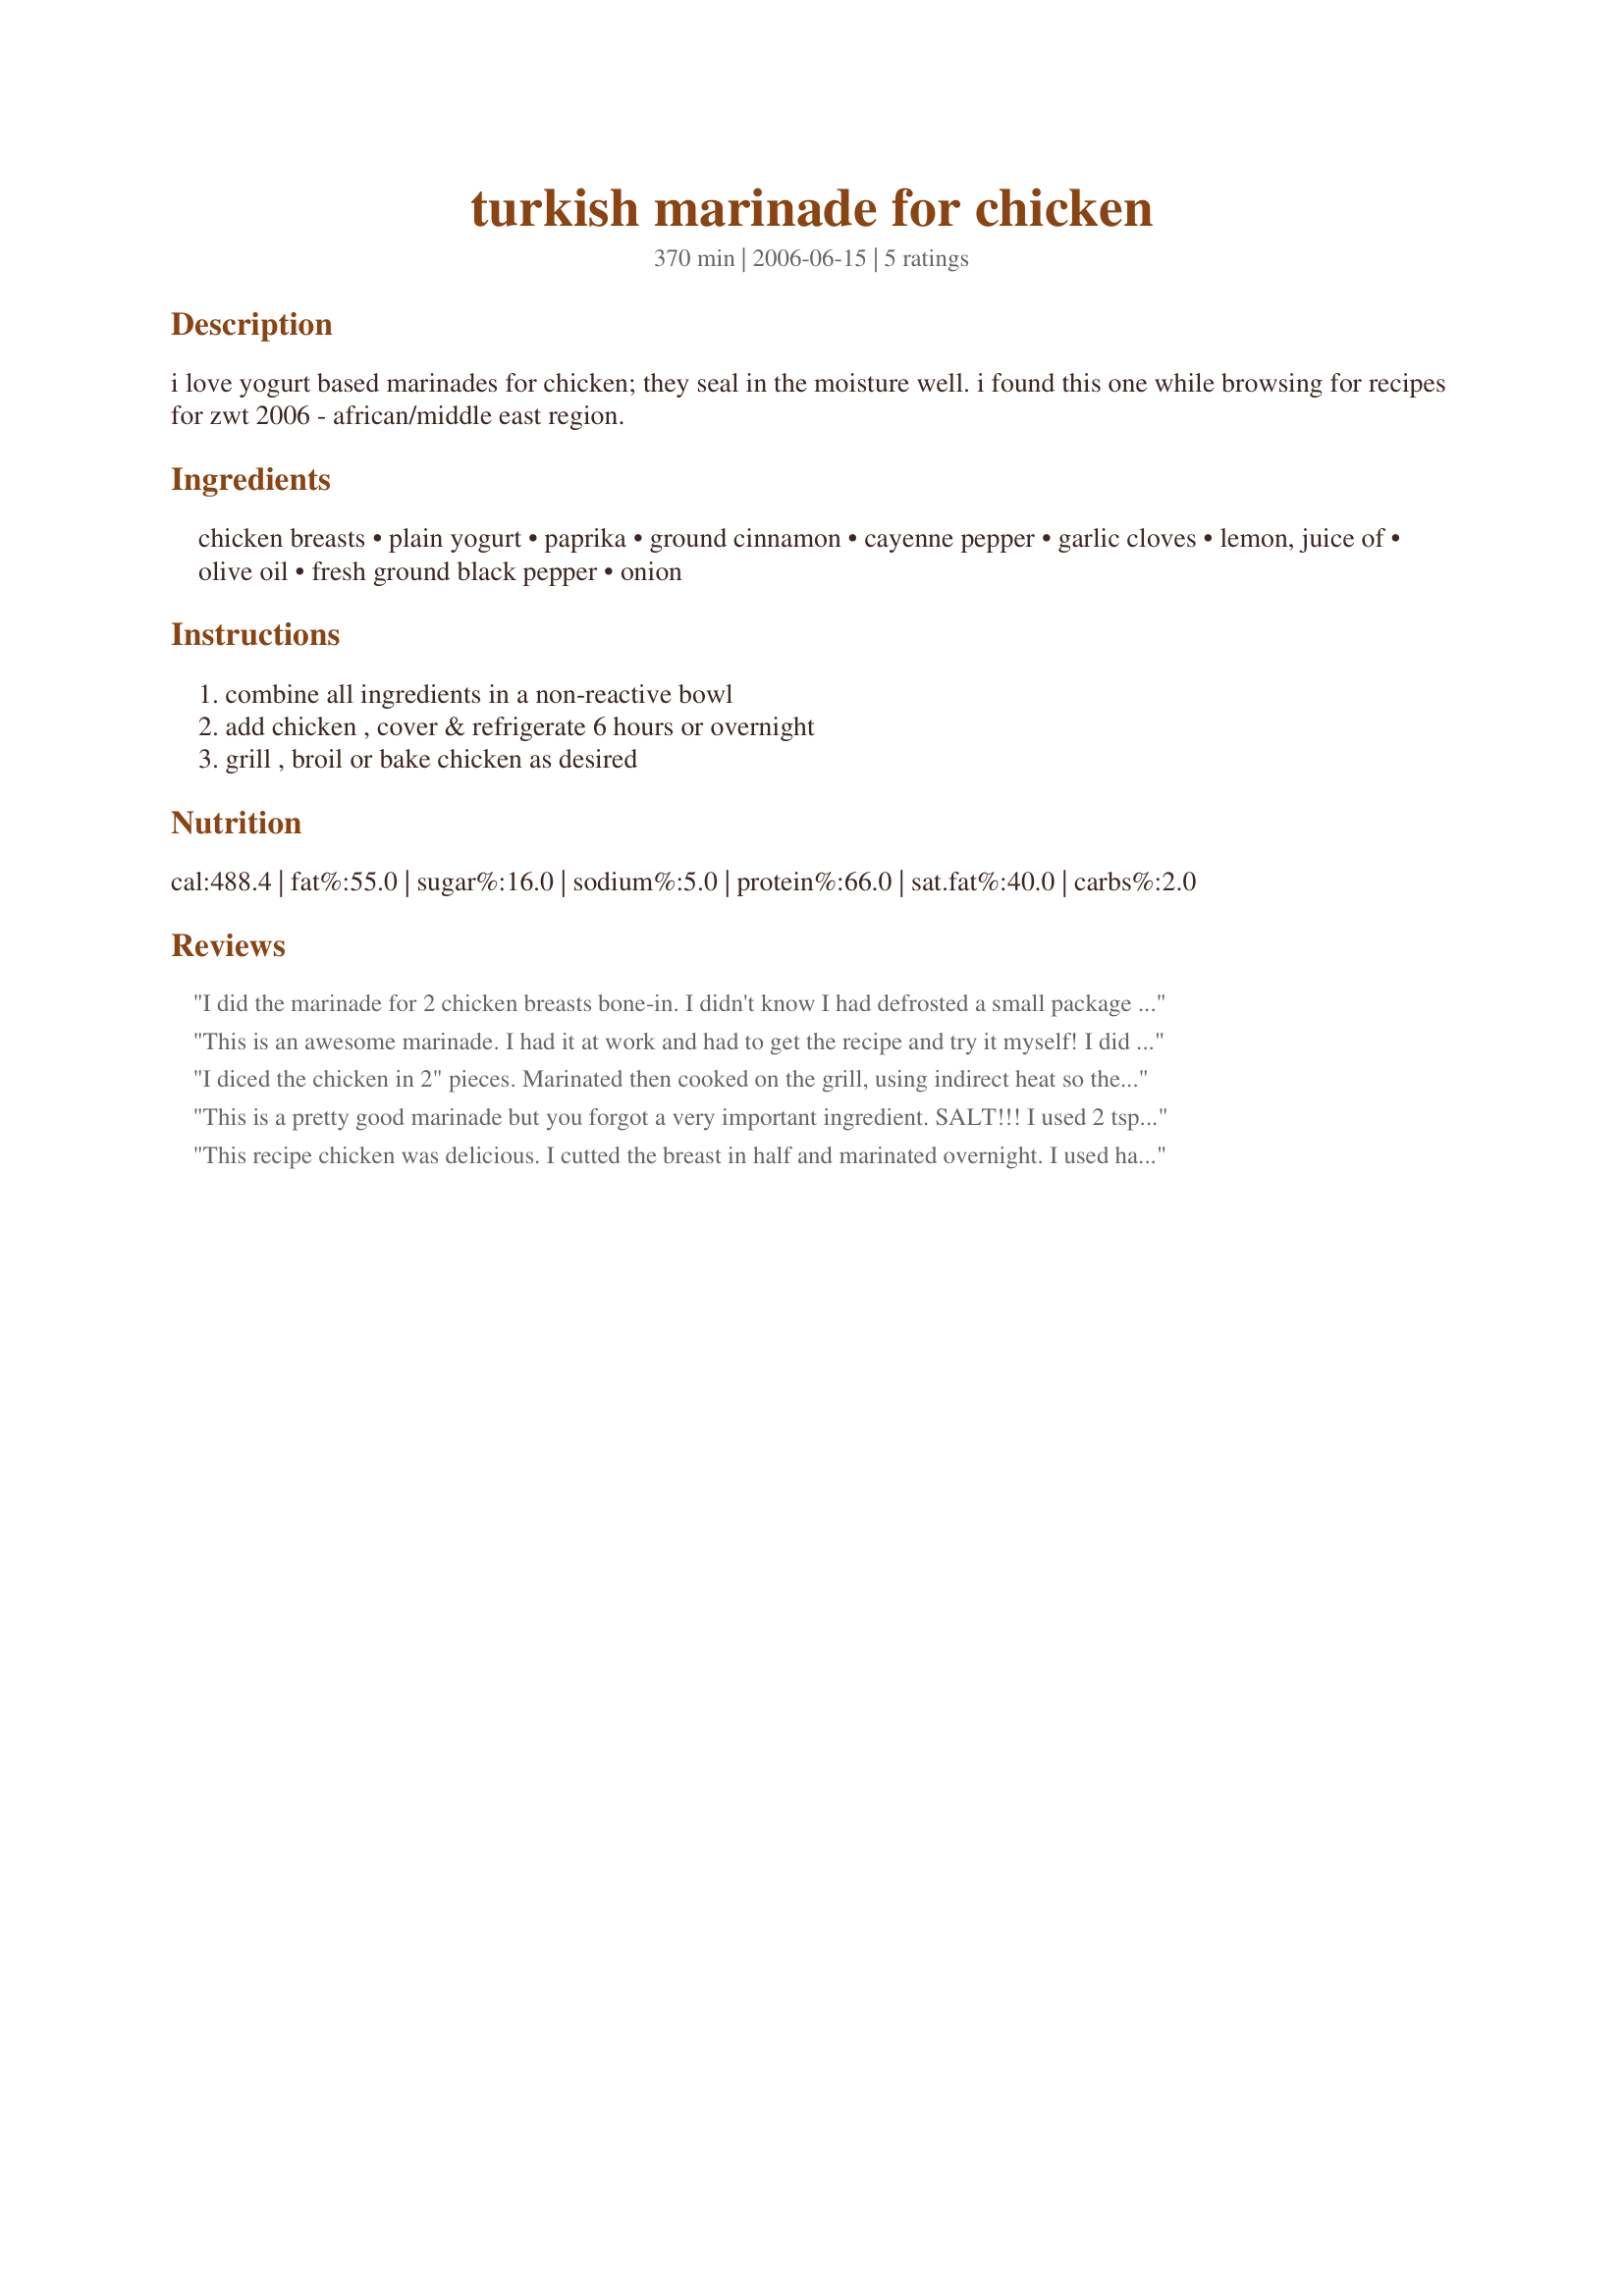
turkish marinade for chicken
Preparation time: 370 minutes

i love yogurt based marinades for chicken; they seal in the moisture well. i found this one while browsing for recipes for zwt 2006 - african/middle east region.

Ingredients:
chicken breasts, plain yogurt, paprika, ground cinnamon, cayenne pepper, garlic cloves, lemon, juice of, olive oil, fresh ground black pepper, onion

Steps:
combine all ingredients in a non-reactive bowl, add chicken , cover & refrigerate 6 hours or overnight, grill , broil or bake chicken as desired

Reviews:
I did the marinade for 2 chicken breasts bone-in. I didn't know I had defrosted a small package with only 2 breasts LOL I used cinnamon and omitted the onion. It gave a nice taste to the chicken. But I bet it would be even tastier if the chicken would be diced. Thanks Susie. Made for Newest Zaar tag.
This is an awesome marinade. I had it at work and had to get the recipe and try it myself! I did cut the chicken into pieces and broil them on skewers on the second rack. At first I left them under the heat for 5 minutes then I continued to flip them until they were perfectly cooked. I used the cumin but might reduce the amount next time- personal preference. Thanks, Susie.
I diced the chicken in 2" pieces. Marinated then cooked on the grill, using indirect heat so they could be done slowly to keep the chicken tender. I used cinnamon and cumin and used 1/2 tsp. of each. They came out delicious and just the way I hoped they would taste!
This is a pretty good marinade but you forgot a very important ingredient. SALT!!! I used 2 tsp. which seemed to be just about right.
This recipe chicken was delicious. I cutted the breast in half and marinated overnight. <br/>I used half teaspoon cinnamon and half teaspoon cumin.<br/>Came out very tender and the flavor was perfect. <br/>I grilled the fish and I cooked the remaining marinade and served with the chicken.<br/>As we had guest I was too busy and I forgot to take the photo...I will do it next time for sure!<br/>Thanks for this recipe!
